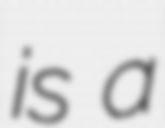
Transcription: is a